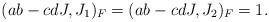
LaTeX: \begin{align*} (ab - cdJ, J_1)_F = (ab - cdJ, J_2)_F = 1.\end{align*}